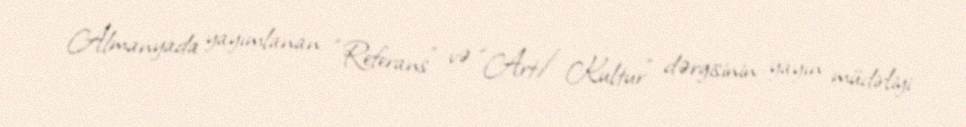
Almanyada yayımlanan “Referans” və “Art/Kultur” dərgisinin yayın müdirliyi